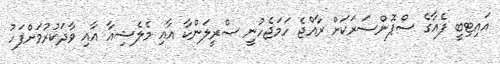
އައިޓިބީ ފެއާގެ ސްޕޮންސަރަކަށް ރާއްޖެ ހަމަޖެހުނީ ސްރީލަންކާ އާއި މެލެޝިއާ އާއި ވާދަކުރުމަށްފަހު